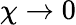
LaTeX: \chi\rightarrow 0